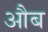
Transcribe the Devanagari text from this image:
औब